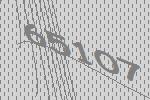
65107